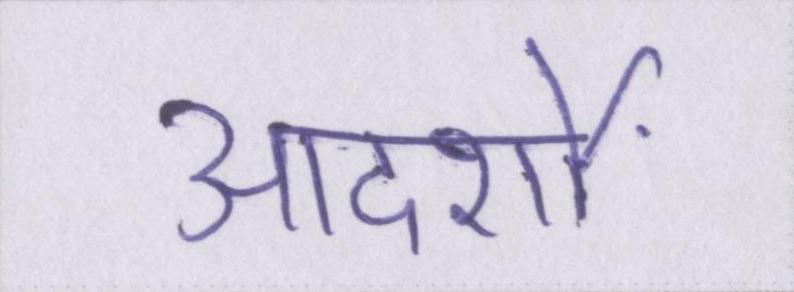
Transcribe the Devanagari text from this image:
आदर्शों